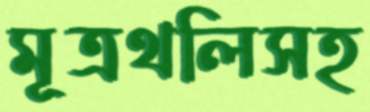
মূত্রথলিসহ